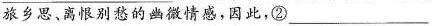
旅乡思、离恨别愁的幽微情感，因此，②___